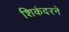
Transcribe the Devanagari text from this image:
शिकंदरने